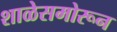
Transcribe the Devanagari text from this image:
शाळेसमोरून